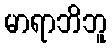
မာရာဘိဘူ